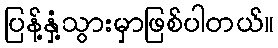
ပြန့်နှံ့သွားမှာဖြစ်ပါတယ်။